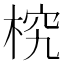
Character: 𣒔